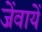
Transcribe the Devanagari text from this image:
जेंवायें